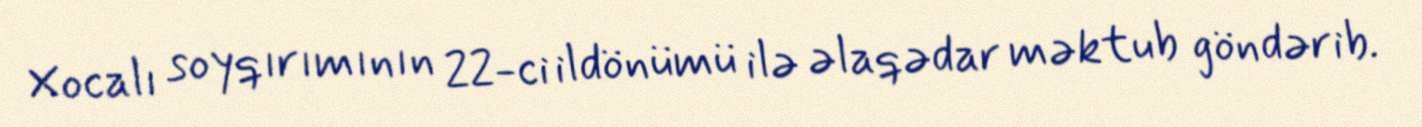
Xocalı soyqırımının 22-ci ildönümü ilə əlaqədar məktub göndərib.